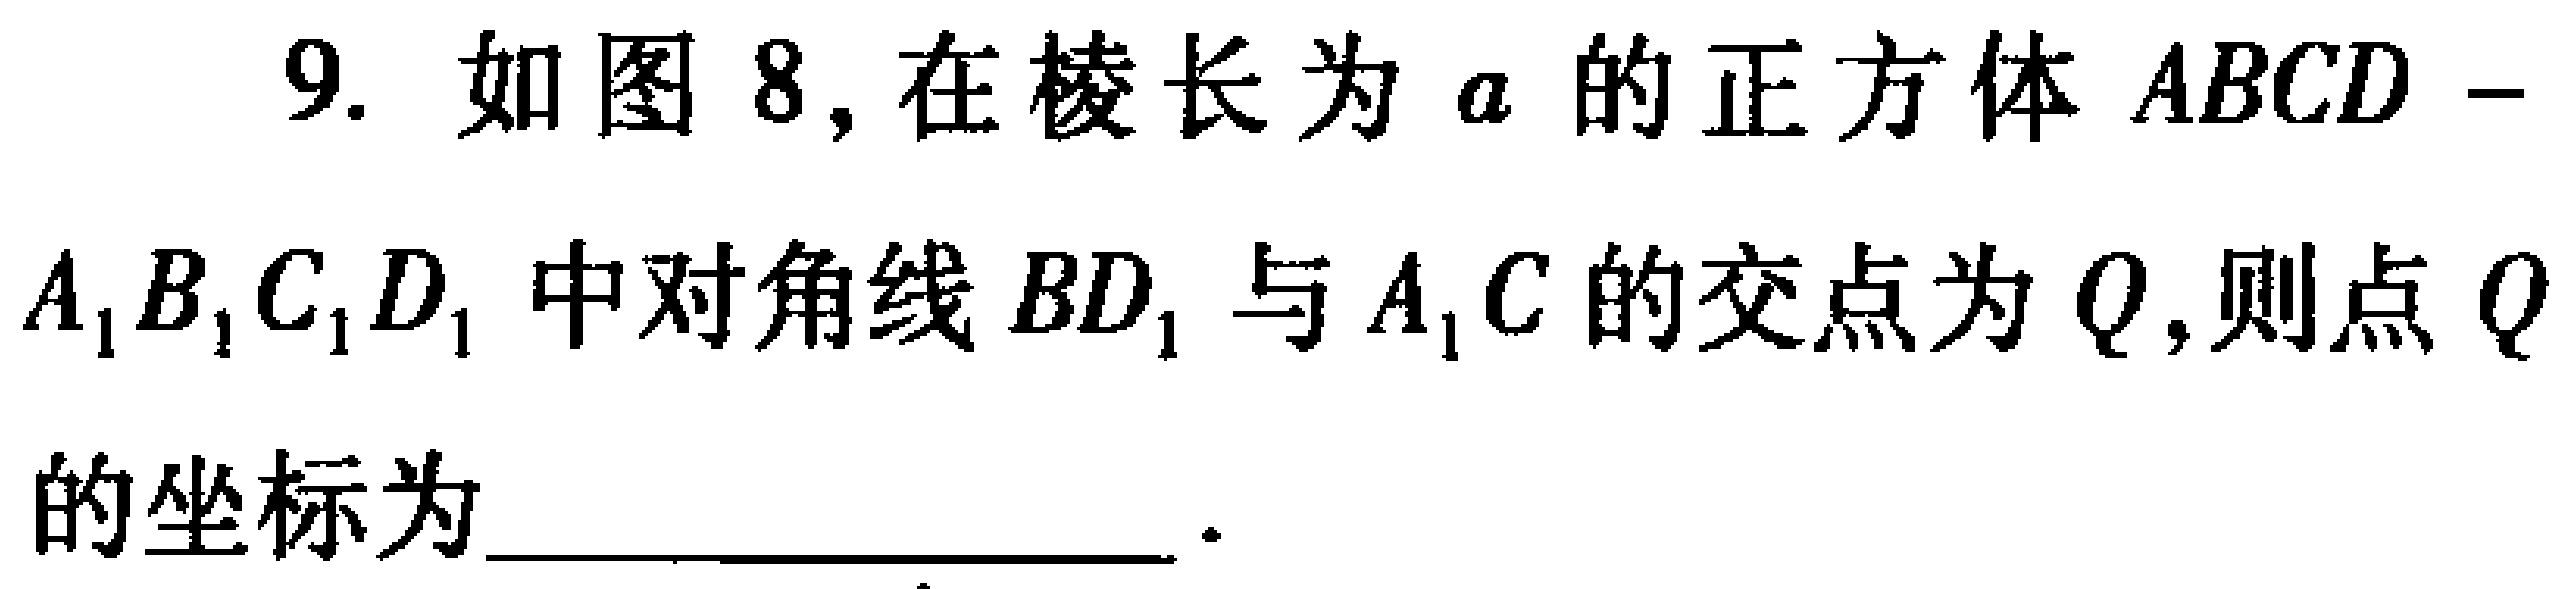
9. 如图8, 在棱长为\(a\)的正方体\(ABCD - A_{1}B_{1}C_{1}D_{1}\)中对角线\(BD_{1}\)与\(A_{1}C\)的交点为\(Q\),则点\(Q\)的坐标为____________________.